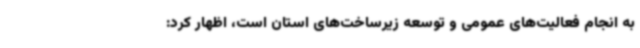
به انجام فعالیت‌های عمومی و توسعه زیرساخت‌های استان است، اظهار کرد: